Vaccine operations Central Provinces 1886-1899 - 1886-1899
Year: 1886
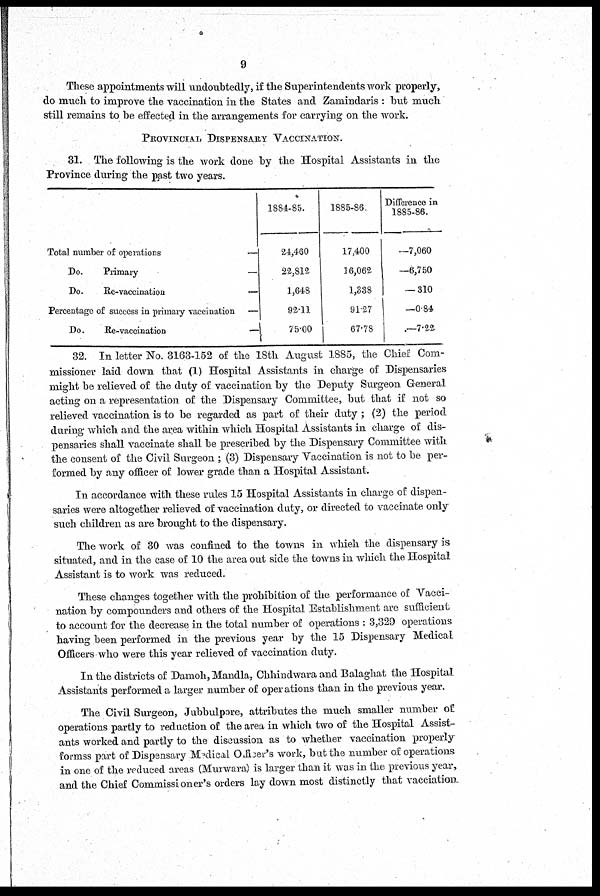
9
These appointments will undoubtedly, if the Superintendents work properly,
do much to improve the vaccination in the States and Zamindaris : but much
still remains to be effected in the arrangements for carrying on the work.
PROVINCIAL DISPENSARY VACCINATION.
31. The following is the work done by the Hospital Assistants in the
Province during the past two years.
Total number of operations
—
Do.
Primary
—
Do.
Re-vaccination
—
Percentage of success in primary vaccination —
Do.
Re-vaccination
—
1884-85.
24,460
22,812
1,648
92.11
75.00
1885-86.
17,400
16,062
1,338
91.27
67.78
Difference in
1885-86.
-7,060
-6,750
- 310
-0.84
-7.22
32. In letter No. 3163-152 of the 18th August 1885, the Chief Com-
missioner laid down that (1) Hospital Assistants in charge of Dispensaries
might be relieved of the duty of vaccination by the Deputy Surgeon General
acting on a representation of the Dispensary Committee, but that if not so
relieved vaccination is to be regarded as part of their duty; (2) the period
during which and the area within which Hospital Assistants in charge of dis-
pensaries shall vaccinate shall be prescribed by the Dispensary Committee with
the consent of the Civil Surgeon ; (3) Dispensary Vaccination is not to be per-
formed by any officer of lower grade than a Hospital Assistant.
In accordance with these rules 15 Hospital Assistants in charge of dispen-
saries were altogether relieved of vaccination duty, or directed to vaccinate only
such children as are brought to the dispensary.
The work of 30 was confined to the towns in whieh the dispensary is
situated, and in the case of 10 the area out side the towns in which the Hospital
Assistant is to work was reduced.
These changes together with the prohibition of the performance of Vacci-
nation by compounders and others of the Hospital Establishment are sufficient
to account for the decrease in the total number of operations : 3,329 operations
having been performed in the previous year by the 15 Dispensary Medical
Officers who were this year relieved of vaccination duty.
In the districts of Damoh, Mandla, Chhindwara and Balaghat the Hospital
Assistants performed a larger number of operations than in the previous year.
The Civil Surgeon, Jubbulpore, attributes the much smaller number of
operations partly to reduction of the area in which two of the Hospital Assist-
ants worked and partly to the discussion as to whether vaccination properly
formss part of Dispensary Medical Officer's work, but the number of operations
in one of the reduced areas (Murwara) is larger than it was in the previous year,
and the Chief Commissioner's orders lay down most distinctly that vacciation.